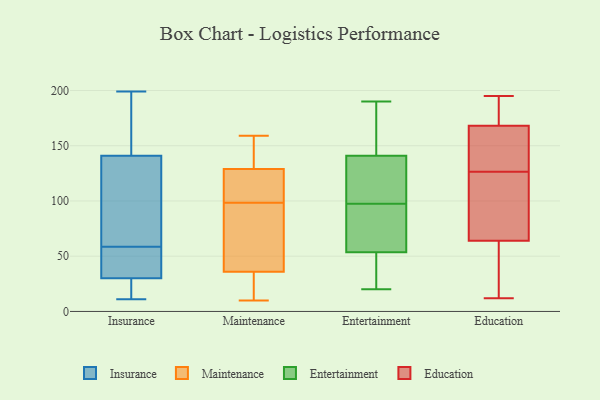
{"axis": {"x": "Conversion Rate (%)", "y": "Value"}, "legend": ["Education", "Entertainment", "Insurance", "Maintenance"], "data": [{"x": "", "y": 52, "type": "Insurance"}, {"x": "", "y": 186, "type": "Insurance"}, {"x": "", "y": 141, "type": "Insurance"}, {"x": "", "y": 75, "type": "Insurance"}, {"x": "", "y": 118, "type": "Insurance"}, {"x": "", "y": 118, "type": "Insurance"}, {"x": "", "y": 62, "type": "Insurance"}, {"x": "", "y": 173, "type": "Insurance"}, {"x": "", "y": 51, "type": "Insurance"}, {"x": "", "y": 55, "type": "Insurance"}, {"x": "", "y": 16, "type": "Insurance"}, {"x": "", "y": 21, "type": "Insurance"}, {"x": "", "y": 199, "type": "Insurance"}, {"x": "", "y": 179, "type": "Insurance"}, {"x": "", "y": 18, "type": "Insurance"}, {"x": "", "y": 11, "type": "Insurance"}, {"x": "", "y": 30, "type": "Insurance"}, {"x": "", "y": 31, "type": "Insurance"}, {"x": "", "y": 146, "type": "Maintenance"}, {"x": "", "y": 36, "type": "Maintenance"}, {"x": "", "y": 31, "type": "Maintenance"}, {"x": "", "y": 129, "type": "Maintenance"}, {"x": "", "y": 10, "type": "Maintenance"}, {"x": "", "y": 127, "type": "Maintenance"}, {"x": "", "y": 84, "type": "Maintenance"}, {"x": "", "y": 103, "type": "Maintenance"}, {"x": "", "y": 159, "type": "Maintenance"}, {"x": "", "y": 94, "type": "Maintenance"}, {"x": "", "y": 59, "type": "Entertainment"}, {"x": "", "y": 187, "type": "Entertainment"}, {"x": "", "y": 20, "type": "Entertainment"}, {"x": "", "y": 50, "type": "Entertainment"}, {"x": "", "y": 43, "type": "Entertainment"}, {"x": "", "y": 118, "type": "Entertainment"}, {"x": "", "y": 190, "type": "Entertainment"}, {"x": "", "y": 127, "type": "Entertainment"}, {"x": "", "y": 155, "type": "Entertainment"}, {"x": "", "y": 77, "type": "Entertainment"}, {"x": "", "y": 119, "type": "Entertainment"}, {"x": "", "y": 57, "type": "Entertainment"}, {"x": "", "y": 161, "type": "Education"}, {"x": "", "y": 195, "type": "Education"}, {"x": "", "y": 112, "type": "Education"}, {"x": "", "y": 21, "type": "Education"}, {"x": "", "y": 141, "type": "Education"}, {"x": "", "y": 12, "type": "Education"}, {"x": "", "y": 192, "type": "Education"}, {"x": "", "y": 88, "type": "Education"}, {"x": "", "y": 64, "type": "Education"}, {"x": "", "y": 180, "type": "Education"}, {"x": "", "y": 64, "type": "Education"}, {"x": "", "y": 18, "type": "Education"}, {"x": "", "y": 169, "type": "Education"}, {"x": "", "y": 166, "type": "Education"}, {"x": "", "y": 168, "type": "Education"}, {"x": "", "y": 165, "type": "Education"}, {"x": "", "y": 71, "type": "Education"}, {"x": "", "y": 45, "type": "Education"}]}